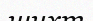
шихт